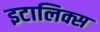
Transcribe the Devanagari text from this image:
इटालिक्स